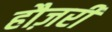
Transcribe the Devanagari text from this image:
हौज़री